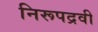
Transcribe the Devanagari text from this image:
निरूपद्रवी